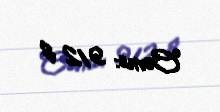
Cəmi: 912 $